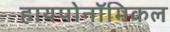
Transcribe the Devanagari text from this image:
हायपोनॉमिकल